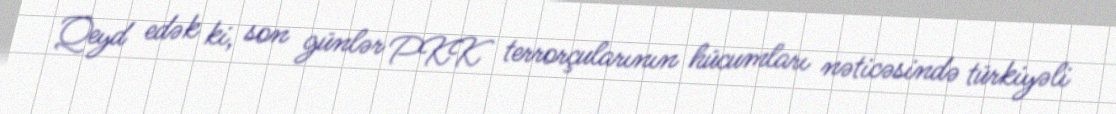
Qeyd edək ki, son günlər PKK terrorçularının hücumları nəticəsində türkiyəli